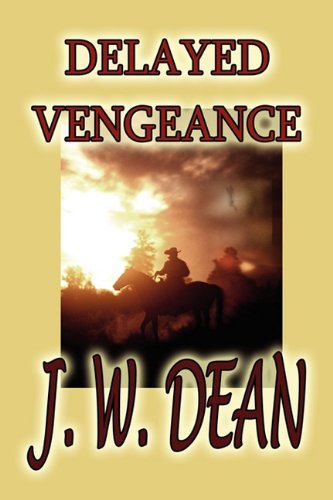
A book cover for Delayed Vengeance; J. W. Dean; Teen & Young Adult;